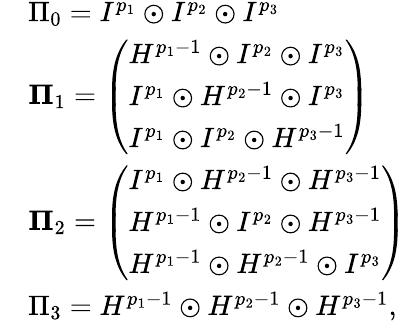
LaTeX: \begin{array}{rl}&{\Pi_{0}=I^{p_{1}}\odot I^{p_{2}}\odot I^{p_{3}}}\\ &{{\mathbf\Pi}_{1}=\left(\begin{array}{l}{H^{p_{1}-1}\odot I^{p_{2}}\odot I^{p_{3}}}\\ {I^{p_{1}}\odot H^{p_{2}-1}\odot I^{p_{3}}}\\ {I^{p_{1}}\odot I^{p_{2}}\odot H^{p_{3}-1}}\end{array}\right)}\\ &{{\mathbf\Pi}_{2}=\left(\begin{array}{l}{I^{p_{1}}\odot H^{p_{2}-1}\odot H^{p_{3}-1}}\\ {H^{p_{1}-1}\odot I^{p_{2}}\odot H^{p_{3}-1}}\\ {H^{p_{1}-1}\odot H^{p_{2}-1}\odot I^{p_{3}}}\end{array}\right)}\\ &{\Pi_{3}=H^{p_{1}-1}\odot H^{p_{2}-1}\odot H^{p_{3}-1},}\end{array}